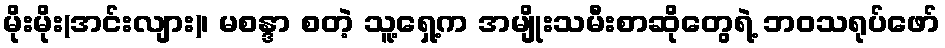
မိုးမိုး(အင်းလျား)၊ မစန္ဒာ စတဲ့ သူ့ရှေ့က အမျိုးသမီးစာဆိုတွေရဲ့ ဘဝသရုပ်ဖော်